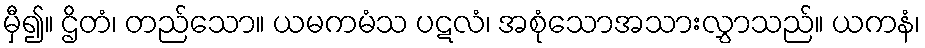
မှီ၍။ ဌိတံ၊ တည်သော။ ယမကမံသ ပဋလံ၊ အစုံသောအသားလွှာသည်။ ယကနံ၊